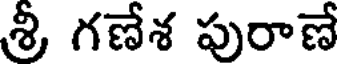
శ్రీ గణేశ పురాణే